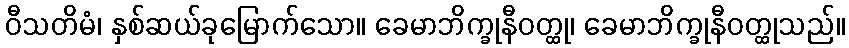
ဝီသတိမံ၊ နှစ်ဆယ်ခုမြောက်သော။ ခေမာဘိက္ခုနီဝတ္ထု၊ ခေမာဘိက္ခုနီဝတ္ထုသည်။